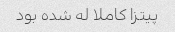
پیتزا کاملا له شده بود